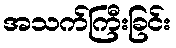
အသက်ကြီးခြင်း